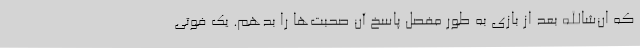
که ان‌شاالله بعد از بازی به طور مفصل پاسخ آن صحبت‌ها را بدهم. یک فوتی